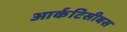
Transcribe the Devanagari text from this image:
आर्कटिसीबस